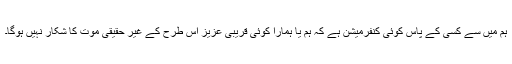
ہم میں سے کسی کے پاس کوئی کنفرمیشن ہے کہ ہم یا ہمارا کوئی قریبی عزیز اس طرح کے غیر حقیقی موت کا شکار نہیں ہوگا۔